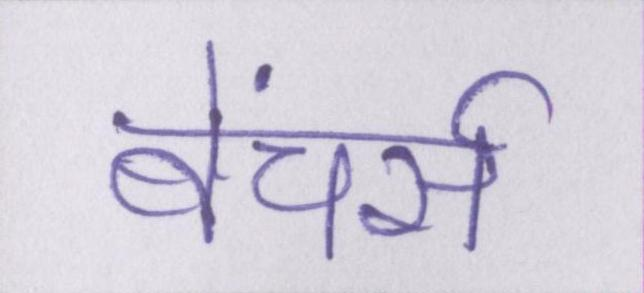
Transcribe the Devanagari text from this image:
बेंचर्स